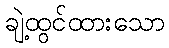
ချဲ့ထွင်ထားသော